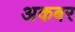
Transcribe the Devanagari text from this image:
अकबर